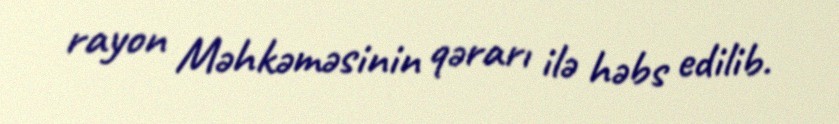
rayon Məhkəməsinin qərarı ilə həbs edilib.